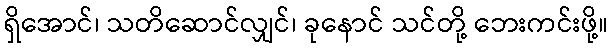
ရှိအောင်၊ သတိဆောင်လျှင်၊ ခုနောင် သင်တို့ ဘေးကင်းဖို့။